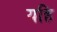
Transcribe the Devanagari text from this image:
यहि